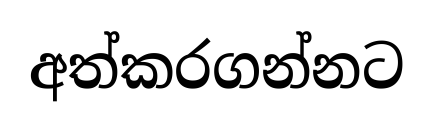
අත්කරගන්නට